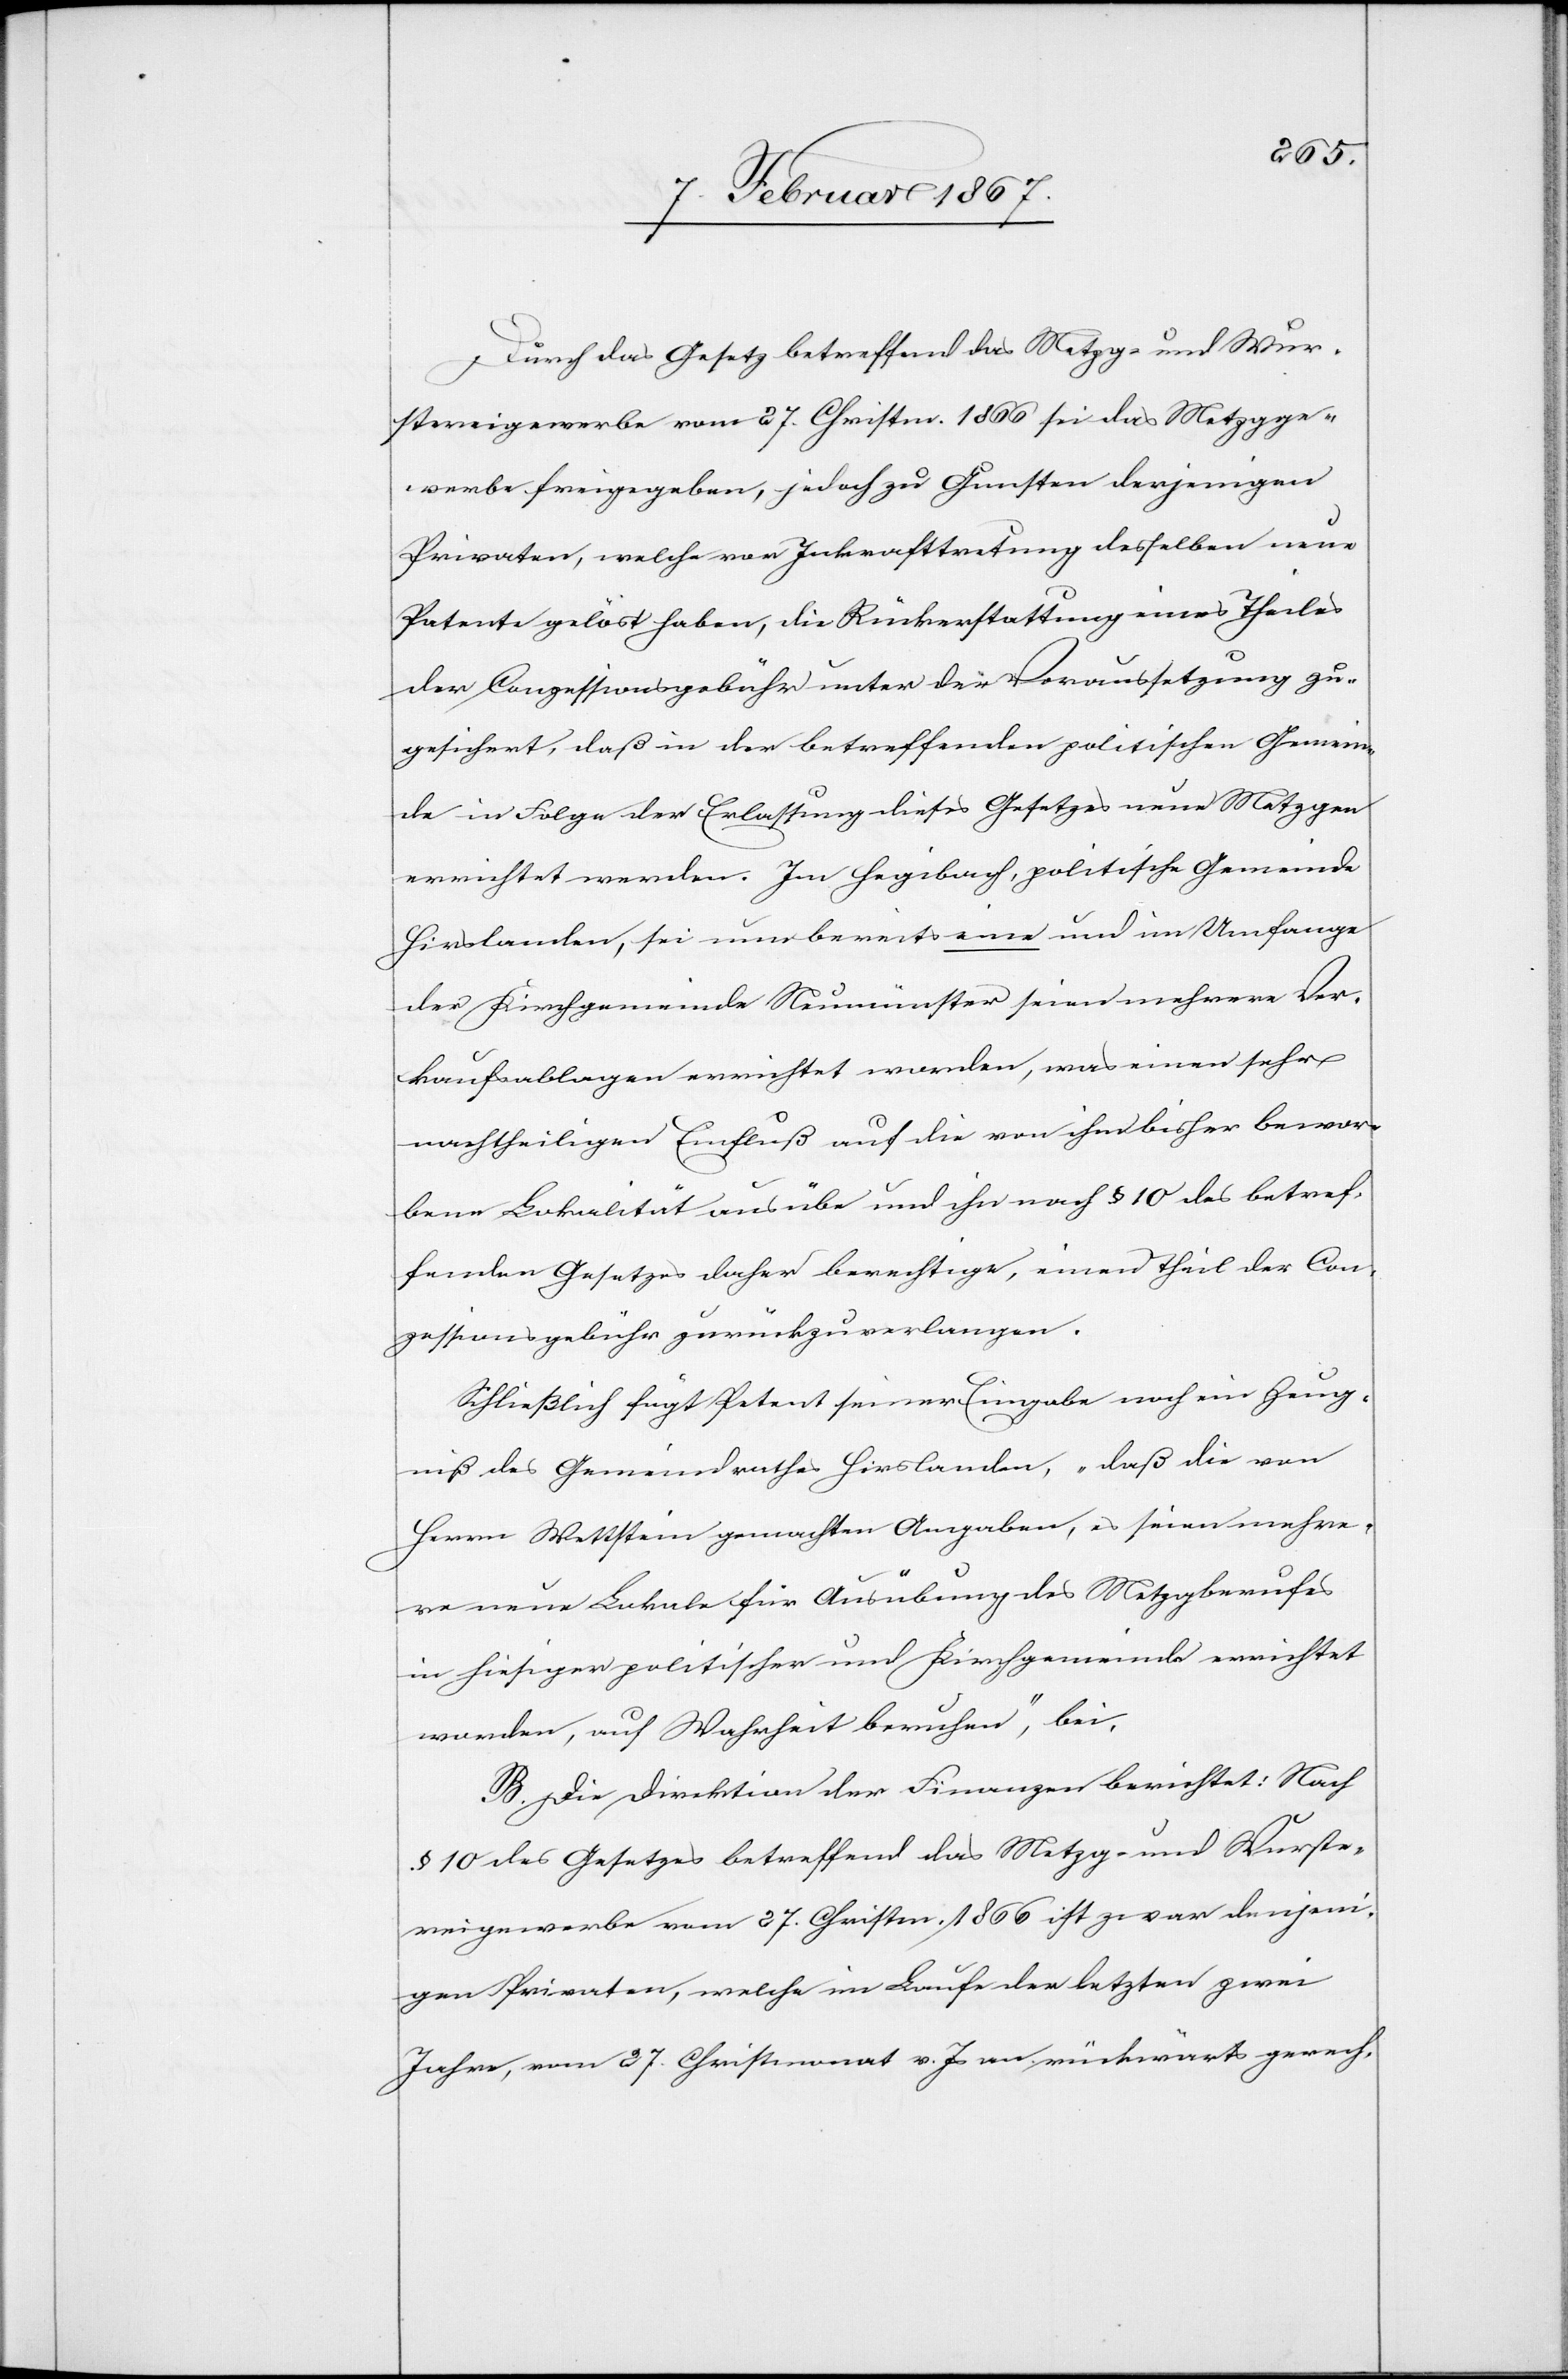
Durch das Gesetz betreffend das Metzg- und Wur¬
stereigewerbe vom 27. Christm. 1866 sei das Metzgge¬
werbe freigegeben, jedoch zu Gunsten derjenigen
Privaten, welche vor Inkrafttretung desselben nur
Patente gelöst haben, die Rückerstattung eines Theiles
der Conzessionsgebühr unter der Voraussetzung zu¬
gesichert, daß in der betreffenden politischen Gemein¬
de in Folge der Erlassung dieses Gesetzes neue Metzgen
errichtet werden. Im Hegibach, politische Gemeinde
Hirslanden, sei nun bereits eine und im Umfange
der Kirchgemeinde Neumünster seien mehrere Ver¬
kaufsablagen errichtet worden, was einen sehr
nachtheiligen Einfluß auf die von ihm bisher bewor¬
bene Lokalität ausübe und ihn nach § 10 des betref¬
fenden Gesetzes daher berechtige, einen Theil der Con¬
zessionsgebühr zurückzuverlangen.
Schließlich fügt Petent seiner Eingabe noch ein Zeug¬
niß des Gemeindrathes Hirslanden, „daß die von
Herrn Wettstein gemachten Angaben, es seien mehre¬
re neue Lokale für Ausübung des Metzgberufes
in hiesiger politischer und Kirchgemeinde errichtet
worden, auf Wahrheit beruhen“, bei.
B. Die Direktion der Finanzen berichtet: nach
§ 10 des Gesetzes betreffend das Metzg- und Wurste¬
reigewerbe vom 27. Christm. 1866 ist zwar denjeni¬
gen Privaten, welche im Laufe der letzten zwei
Jahre, vom 27. Christmonat v. Js an rückwärts gerech-